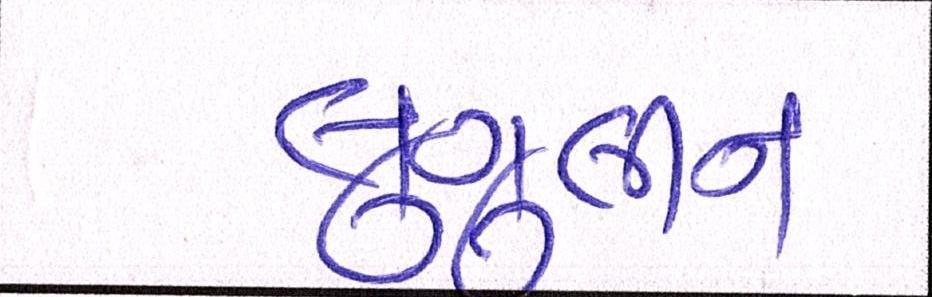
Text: લુગુલીન